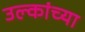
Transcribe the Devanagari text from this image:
उल्कांच्या